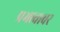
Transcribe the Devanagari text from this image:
प्रभावावर